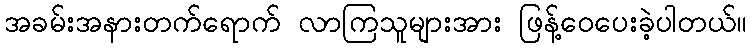
အခမ်းအနားတက်ရောက် လာကြသူများအား ဖြန့်ဝေပေးခဲ့ပါတယ်။